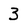
Character: 3